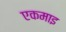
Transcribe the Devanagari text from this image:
एकमाइ